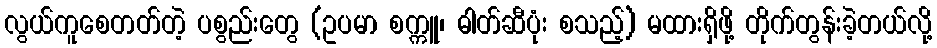
လွယ်ကူစေတတ်တဲ့ ပစွည်းတွေ (ဥပမာ စက္ကူ၊ ဓါတ်ဆီပုံး စသည့်) မထားရှိဖို့ တိုက်တွန်းခဲ့တယ်လို့